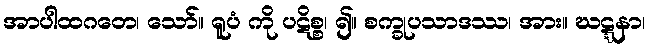
အာပါထဂတေ၊ သော်။ ရူပံ ကို ပဋိစ္စ၊ ၍။ စက္ခုပသာဒဿ၊ အား။ ဃဋ္ဋနာ၊